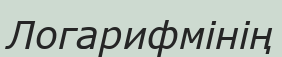
Логарифмінің